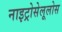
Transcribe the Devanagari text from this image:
नाइट्रोसेलूलोस